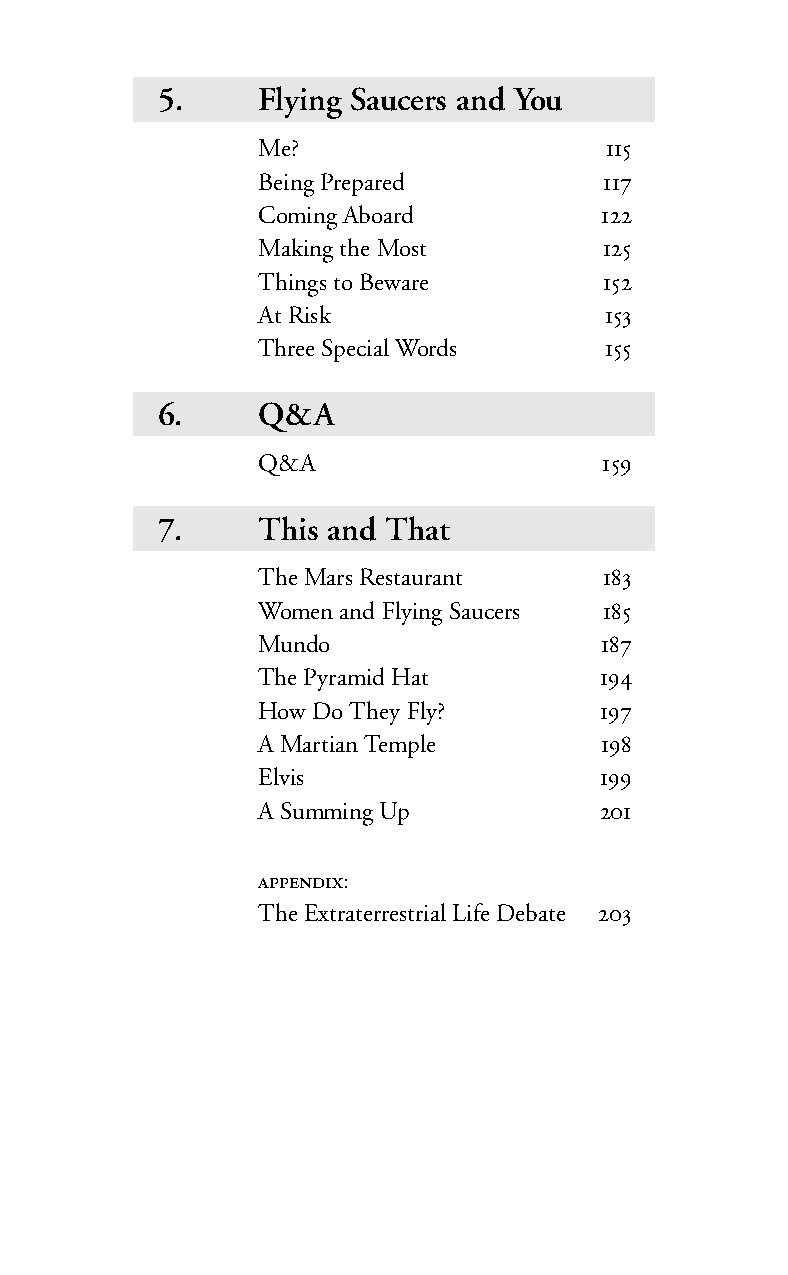
5.     Flying Saucers and You
 Me?                    
 Being Prepared         
 Coming Aboard          
 Making the Most        
 Things to Beware       
 At Risk                
 Three Special Words    
 6.     Q&A
 Q&A                    
 7.     This and That
 TheMars Restaurant     
 Women and Flying Saucers 
 Mundo                  
 The Pyramid Hat        
 How Do They Fly?       
 AMartian Temple        
 Elvis                  
 ASumming Up            
 :
 The Extraterrestrial Life Debate 